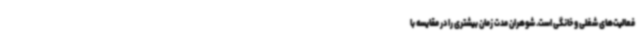
فعالیت‌های شغلی و خانگی است. شوهران مدت زمان بیشتری را در مقایسه با